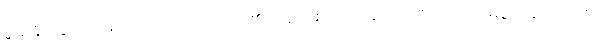
စွမ်းနိုင်ခြင်းသည်။ ကုသလံ၊ ကောင်း၏။ နောစေ သက္ကောတိ၊ အကယ်၍ မစွမ်းနိုင်အံ့။ (ဧဝံ